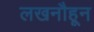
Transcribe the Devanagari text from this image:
लखनौहून